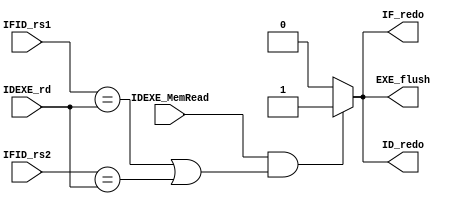
`timescale 1ns/1ps

module Load_Hazard_Detection(
    input [4:0] IFID_rs1,
    input [4:0] IFID_rs2,
    input [4:0] IDEXE_rd,
    input IDEXE_MemRead,
    output reg IF_redo,
    output reg ID_redo,
    output reg EXE_flush
);

    always@(*)begin
        if(IDEXE_MemRead && ((IFID_rs1 == IDEXE_rd) || (IFID_rs2 == IDEXE_rd)))begin
            IF_redo = 1'b1 ;
            ID_redo = 1'b1 ;  
            EXE_flush = 1'b1 ; 
        end
        else begin
            IF_redo = 1'b0 ;
            ID_redo = 1'b0 ; 
            EXE_flush = 1'b0 ; 
        end
    end

endmodule